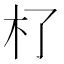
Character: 𣎸